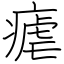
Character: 瘧